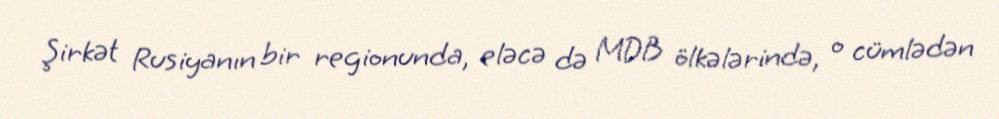
Şirkət Rusiyanın bir regionunda, eləcə də MDB ölkələrində, o cümlədən